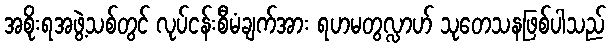
အစိုးရအဖွဲ့သစ်တွင် လုပ်ငန်းစီမံချက်အား ရဟမတွလ္လာဟ် သုတေသနဖြစ်ပါသည်